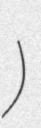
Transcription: شهرستان شبستر)